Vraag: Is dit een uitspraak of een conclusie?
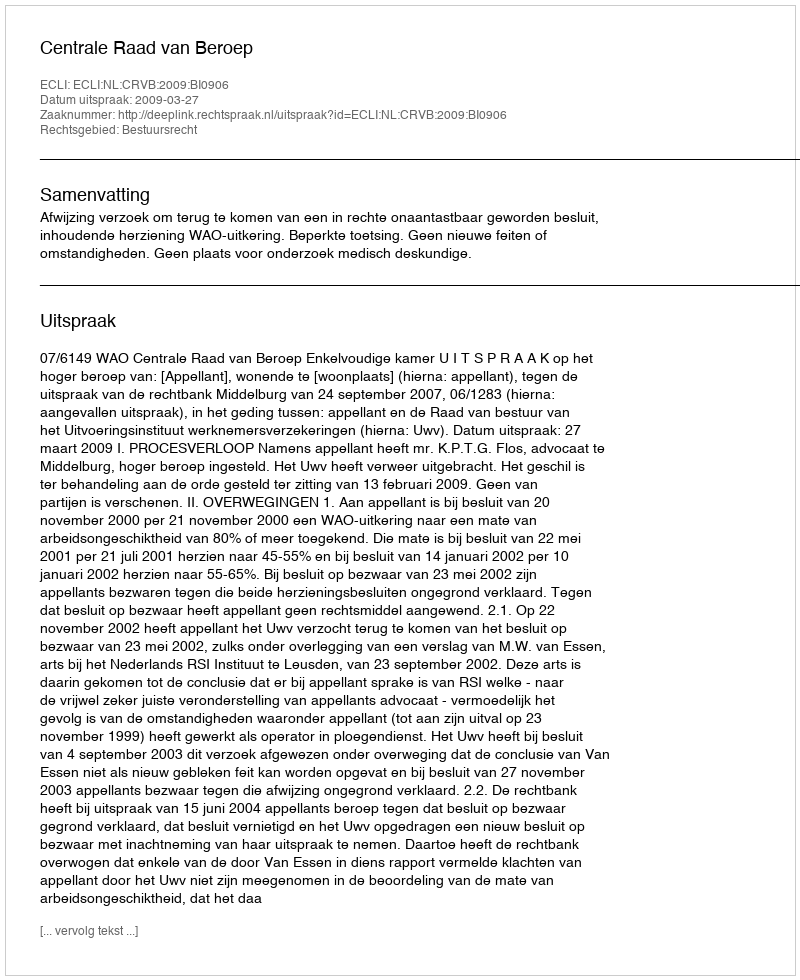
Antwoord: Uitspraak